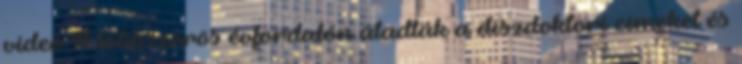
videó A többszörös évfordulón átadták a díszdoktori címeket és